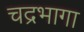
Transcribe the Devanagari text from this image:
चद्रभागा